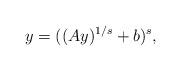
\begin{align*} y = ((Ay)^{1/s} + b)^s,\end{align*}